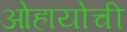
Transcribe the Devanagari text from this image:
ओहायोची